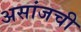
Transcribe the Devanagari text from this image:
असांजची